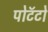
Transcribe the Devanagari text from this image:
पोटॅटो